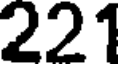
221